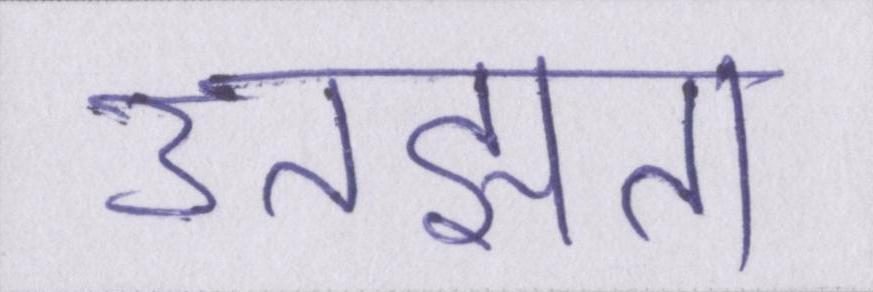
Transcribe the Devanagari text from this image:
उलझता